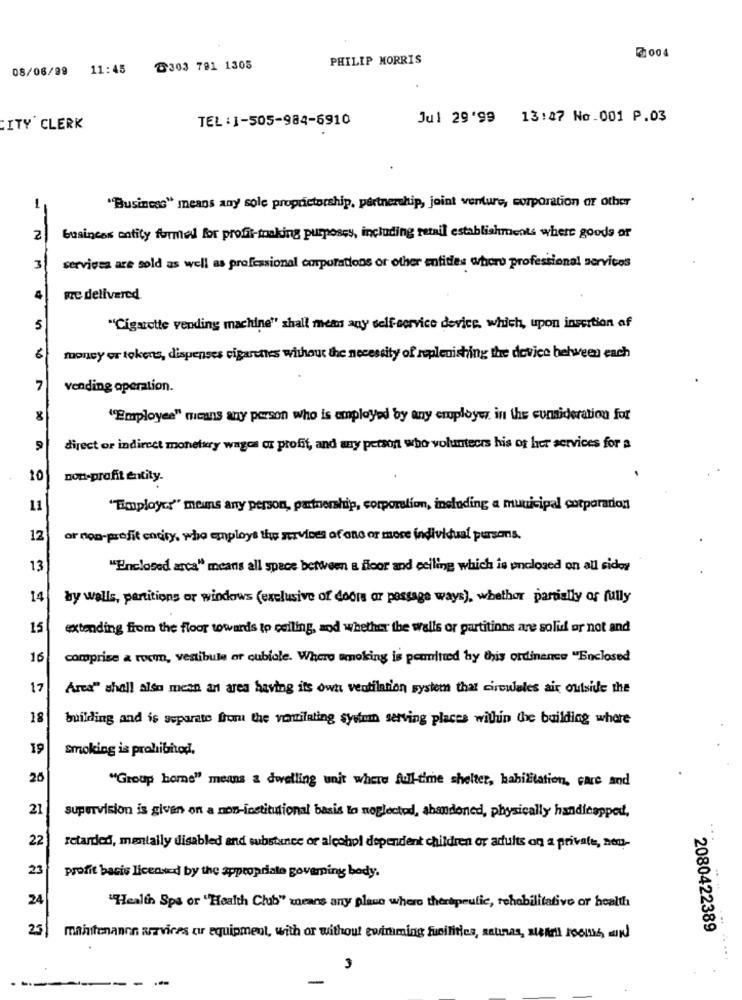
2004
PHILIP MORRIS
08/06/99 11:45
8303 791 1305
TEL:1-505-984-6910
Jul 29'99 13:47 No.001 P.03
CITY CLERK
"Business" means any sole proprietorship, partnership, joint venture, corporation Or other
2
business entity formed for profit-taking purposes, including retail establishments where goods or
3
services are sold as well as professional corporations or other entides atero professional services
me delivered
5
"Cigarette vending machine" shall mean any self- service device, which, upon insertion af
6
money or tokens, dispenses rigarches without the necessity of replenishing the device helween each
7
vending operation.
"Employee" means any person who is employed by any employe in the consideration for
9
direct or indirect monetary wages or profit, and any person who volunteers his or her services for a
10
non-profit entity-
11
"Timployer" meuns any person, partnership, corporation, including a municipal corporation
12
or non-profit endry, who employs the services of one or more individual pursons.
13
"Enclosed arca" means all space between a floor and ceiling which is unclosed on all sides
14
by walls, partitions or windows (exclusive of doors ar passage ways), whether partially or fully
15
extending from the floor towards to ceiling, aod whether the walls or partitions are solid or not and
16
comprise & rocm, vestibule or cubicle. Where smoking is permitted by this ordinance "Enclosed
17
Area" shall also mean an area having its own ventilation system that circulales air outside the
18
building and is separate from the ventilating syetom serving places within the building where
19
Smoking is prohibitod.
20
"Group borne" means a dwelling unit where full-time shelter, habilitation, care and
21
supervision is given on a non-institutional basis lo neglected, abandoned, physically handicapped,
22
...
retarded, mentally disabled and substance or alcohol dependent children of adults on a private, men-
23
profit bacis licensed by the appropriate governing body.
24
"Health Spa or "Health Club" means any place where therapeutic, rehabilitative or health
25
2080422389
maintenance arrvices or equipment, with or without eviniming facilities, setumas, michel 166156 MIN
.. ..
3
-